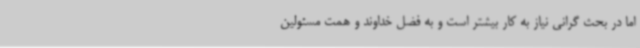
اما در بحث گرانی نیاز به کار بیشتر است و به فضل خداوند و همت مسئولین